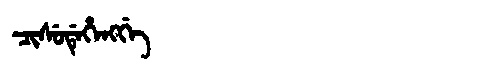
Manchu: ᠴᡳᠰᡠᡩᡝᡥᡝᠩᡤᡝ
Romanization: CISUDEHENGGE